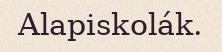
Alapiskolák.